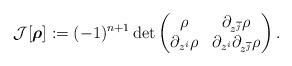
LaTeX: \begin{gather*}\mathcal{J}[\boldsymbol\rho]:=(-1)^{n+1}\det\begin{pmatrix}\rho & \partial_{z^{\overline j}}\rho \\\partial_{z^i}\rho & \partial_{z^i}\partial_{z^{\overline j}}\rho\end{pmatrix}.\end{gather*}